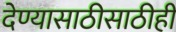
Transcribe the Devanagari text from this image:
देण्यासाठीसाठीही